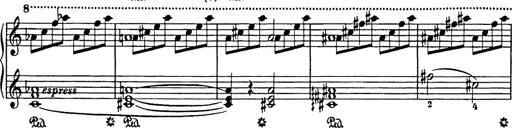
Title: In festo transfigurationis Domini nostri Jesu Christi
Composer: Franz Liszt